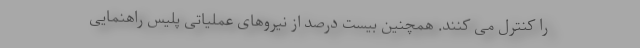
را کنترل می کنند. همچنین بیست درصد از نیروهای عملیاتی پلیس راهنمایی